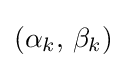
(\alpha _{k},\,\beta _{k})